Civil Veterinary Department Bihar & Orissa reports 1929-36 - 1929-1936
Year: 1929
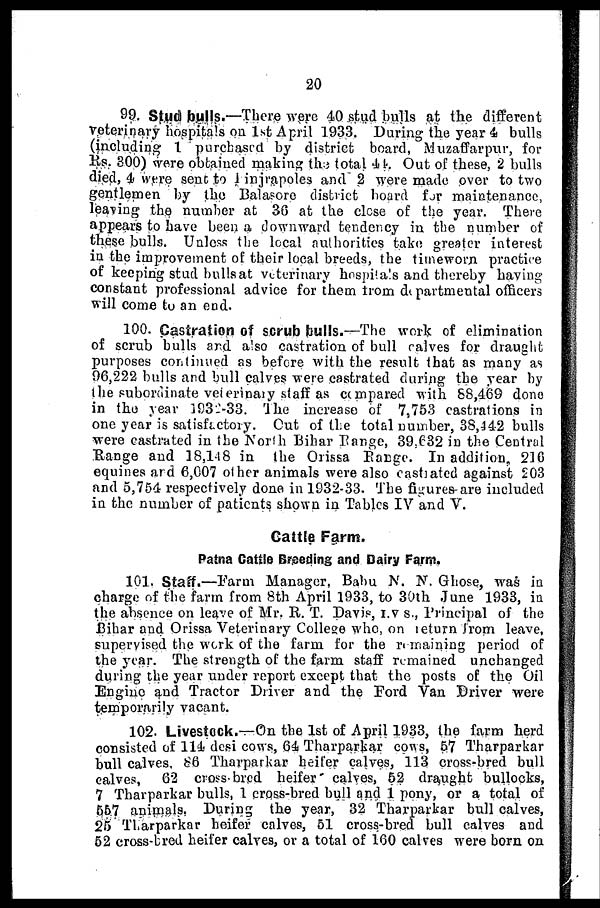
20
99. Stud bulls.—There were 40 stud bulls at the different
Veterinary hospitals on 1st April 1933. During the year 4 bulls
(including 1 purchased by district board, Muzaffarpur, for
Rs. 300) were obtained making the total 44. Out of these, 2 bulls
died, 4 were sent to 1 injrapoles and 2 were made over to two
gentlemen by the Balasore district board for maintenance,
leaving the number at 36 at the close of the year. There
appears to have been a downward tendency in the number of
these bulls. Unless the local authorities take greater interest
in the improvement of their local breeds, the timeworn practice
of keeping stud bulls at veterinary hospitals and thereby having
constant professional advice for them from departmental officers
will come to an end.
100. Castration of scrub (bulls.—The work of elimination
of scrub bulls and also castration of bull calves for draught
purposes continued as before with the result that as many as
96,222 bulls and bull calves were castrated during the year by
the subordinate veterinary staff as compared with 58,469 done
in the year 1932-33. The increase of 7,753 castrations in
one year is satisfactory. Cut of the total number, 3S,442 bulls
were castrated in the North Bihar Range, 39,632 in the Central
Range and 18,148 in the Orissa Barge. In addition, 210
equines and 6,007 other animals were also eastiated against 203
and 5,754 respectively done in 1D32-33. The figures are included
in the number of patients shown in Tables IV and V.
Cattle Farm.
Patna Cattle Breeding and Dairy Farm.
101. Staff.—Farm Manager, Babu N. N. Ghose, was in
charge of the farm from 8th April 1933, to 30th June 1933, in
the absence on leave of Mr. R. T. Davis, I.V. S., Principal of the
Bihar and Orissa Veterinary College who, on return from leave,
supervised the work of the farm for the remaining period of
the year. The strength of the farm staff remained unchanged
during the year under report except that the posts of the Oil
Engine and Tractor Driver and the Ford Van Driver were
temporarily vacant.
102. Livestock.—On the 1st of April 1933, the farm herd
consisted of 114 desi cows, 64 Tharparkar cows, 57 Tharparkar
bull calves, 86 Tharparkar heifer calves, 113 cross-bred bull
calves, 62 cross bred heifer calves, 52 draught bullocks,
7 Tharparkar bulls, 1 cross-bred bull and 1 pony, or a total of
557 animals. During the year, 32 Tharparkar bull calves,
25 Tharparkar heifer calves, 51 cross-bred bull calves and
52 cross-bred heifer calves, or a total of 160 calves were born on